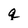
Character: q